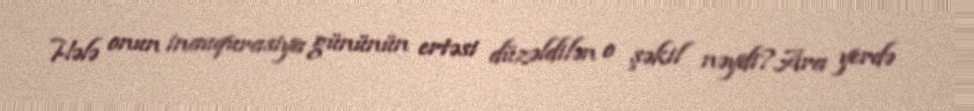
Hələ onun inauqurasiya gününün ertəsi düzəldilən o şəkil nəydi?Ara yerdə